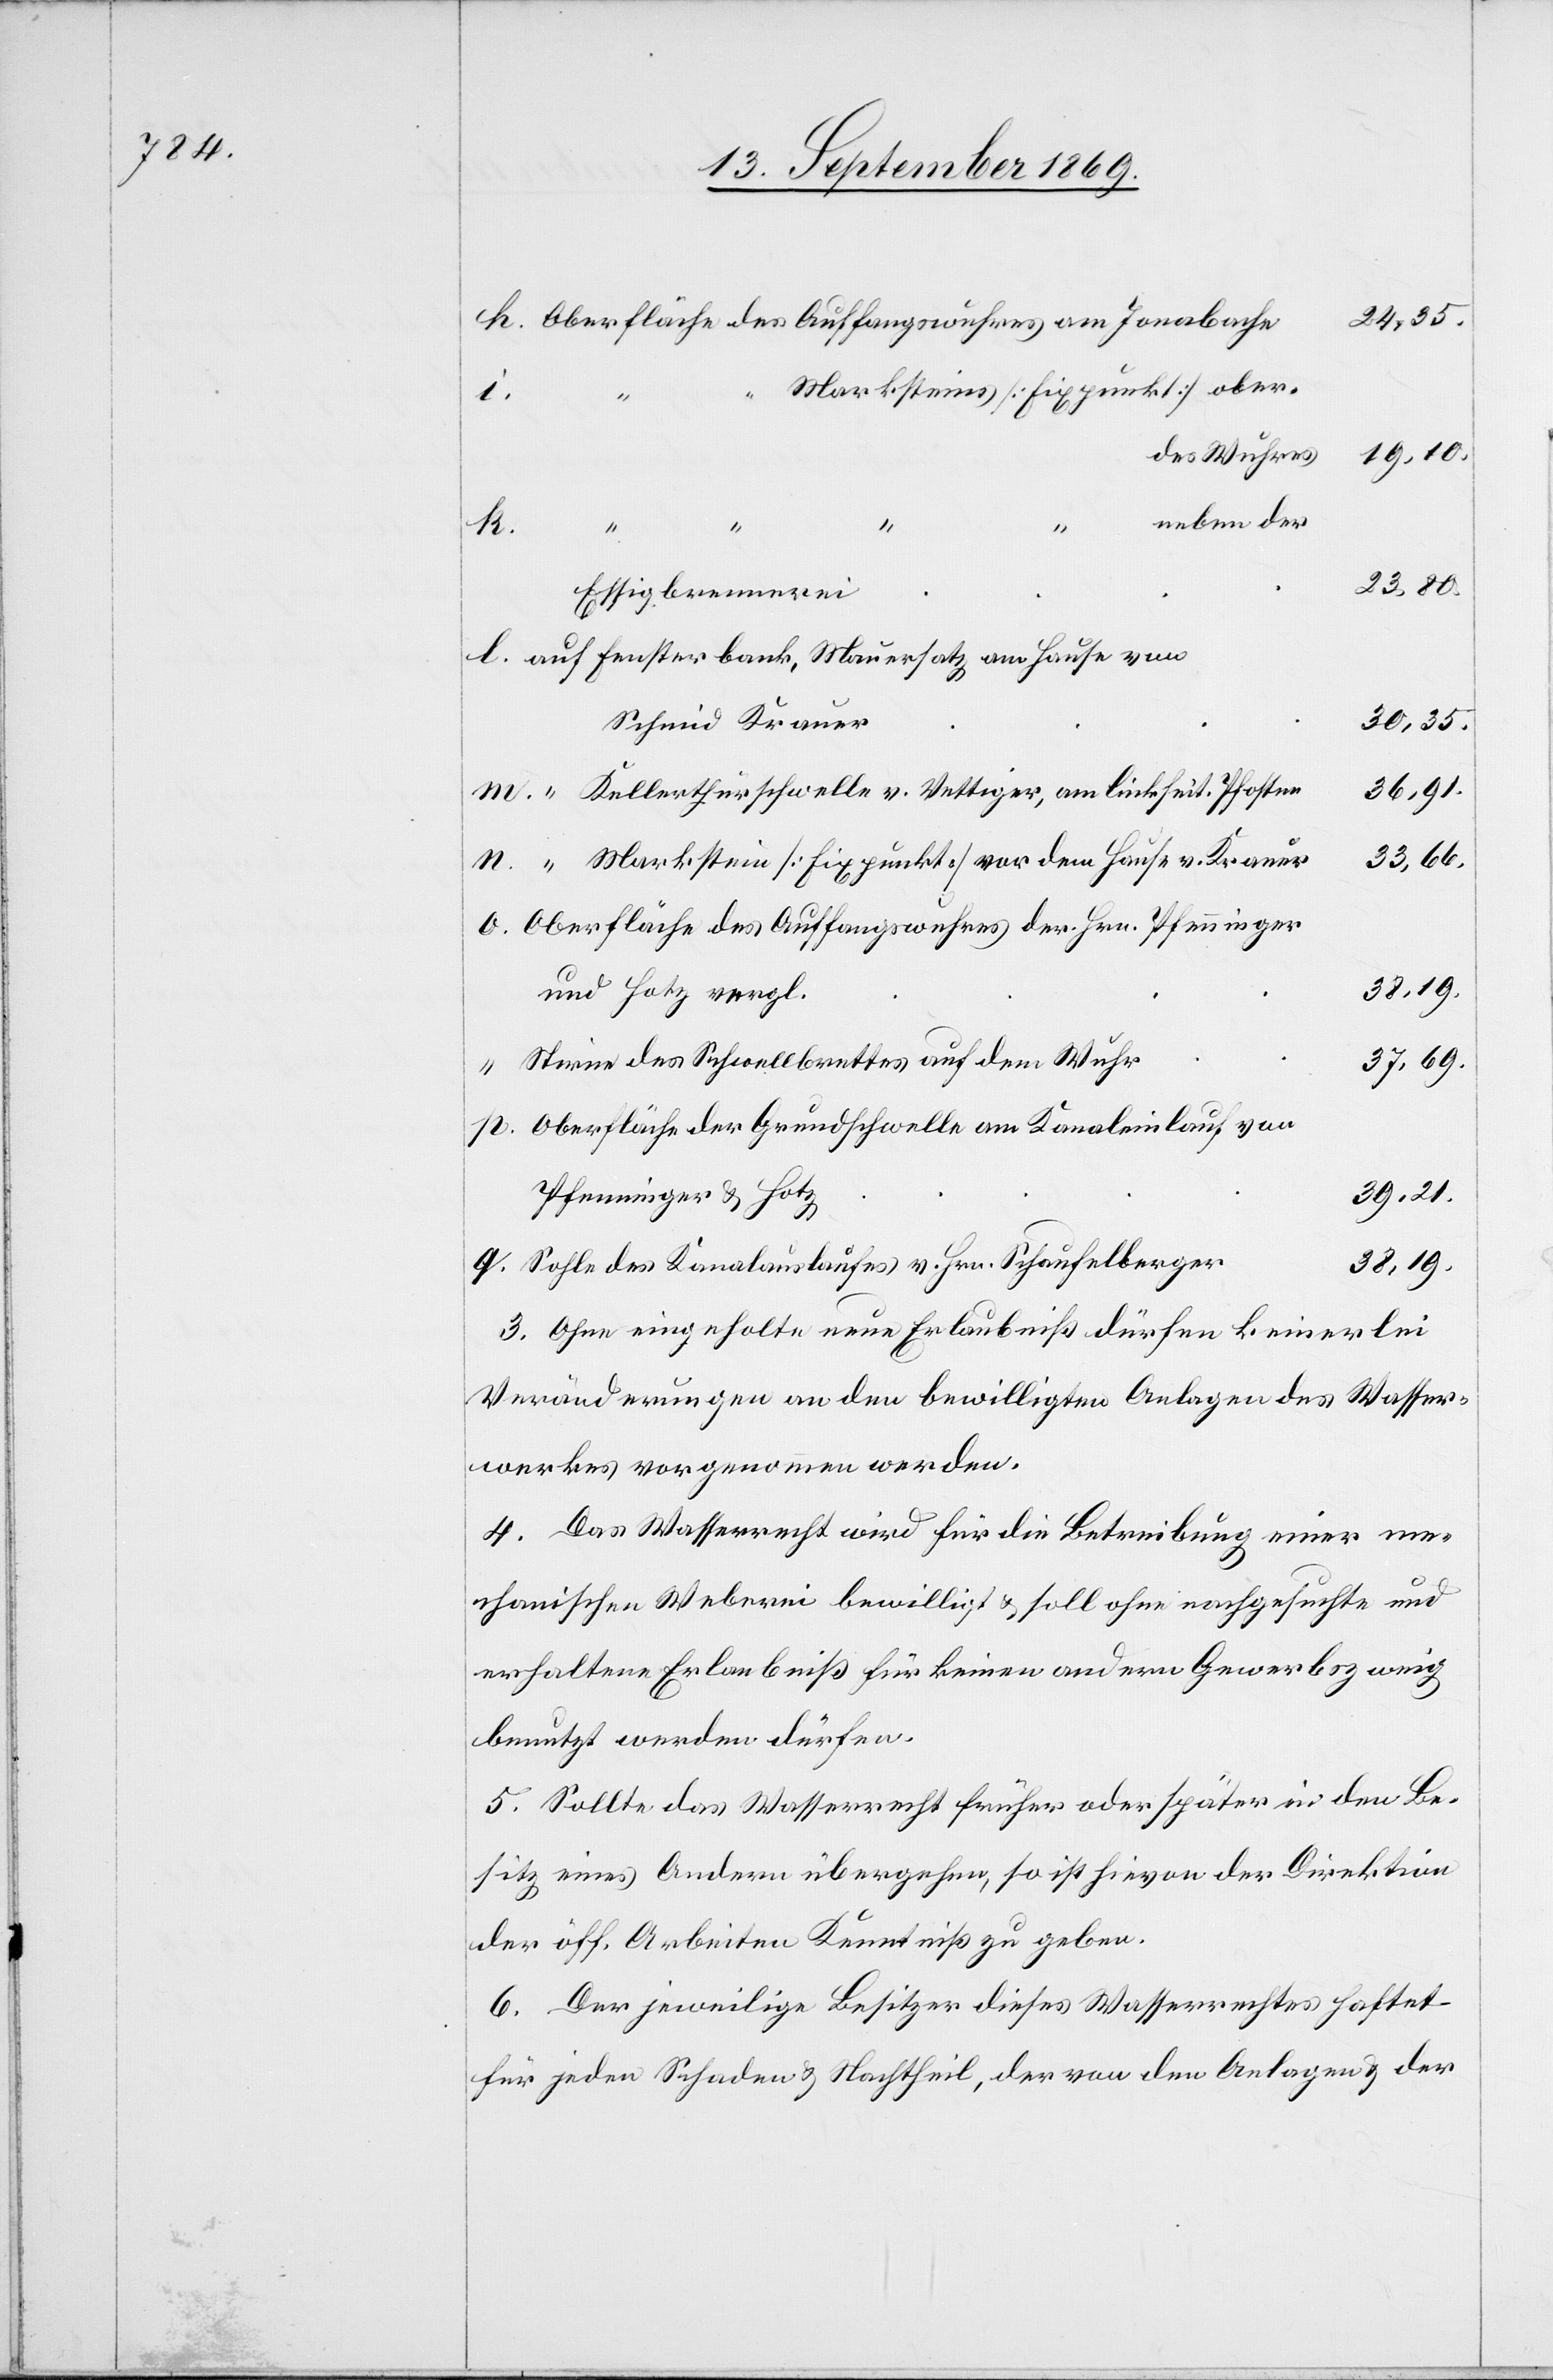
24,35.
Marksteines [Fixpunkt] obe¬
p.
o.
n.
des Wuhres
19,10.
neben der
h.
23,80.
Essigbrennerei
auf Fensterbank, Mauersatz am Hause von
Schmid Krauer
30,35.
“ Kellerthürschwelle v. Vettiger, am linkseit. Pfosten
36,91.
33,66.
“ Markstein [Fixpunkt] vor dem Hause v. Krauer
Oberfläche des Auffangswuhres der Hrn. Pfenninger
38,19.
und Hotz vergl.
Stirne des Schwellbrettes auf dem Wuhr
37,69.
Oberfläche der Grundschwelle am Kanaleinlauf von
Pfenninger & Hotz
39,21.
Sohle des Kanalauslaufes v. Hrn. Schaufelberger
38,19.
3. Ohne eingeholte neue Erlaubniß dürfen keinerlei
Veränderungen an den bewilligten Anlagen des Wasser¬
werkes vorgenommen werden.
4. Das Wasserrecht wird für die Betreibung einer me¬
chanischen Weberei bewilligt & soll ohne nachgesuchte und
erhaltene Erlaubniß für keinen andern Gewerbszweig
benutzt werden dürfen.
5. Sollte das Wasserrecht früher oder später in den Be¬
sitz eines Andern übergehen, so ist hievon der Direktion
der öff. Arbeiten Kenntniß zu geben.
6. Der jeweilige Besitzer dieses Wasserrechtes haftet
für jeden Schaden & Nachtheil, der von den Anlagen & der